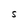
Character: S